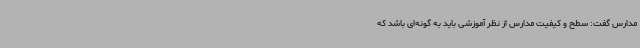
مدارس گفت: سطح و کیفیت مدارس از نظر آموزشی باید به گونه‌ای باشد که